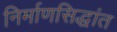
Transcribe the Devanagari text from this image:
निर्माणसिद्धांत